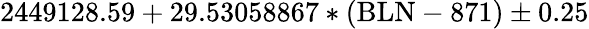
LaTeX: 2449128.59+29.53058867*(\mathrm{BLN}-871)\pm 0.25